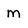
Character: m